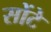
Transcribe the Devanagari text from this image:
सोंटे